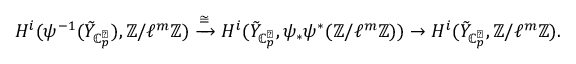
H ^ { i } ( \psi ^ { - 1 } ( \tilde { Y } _ { \mathbb { C } _ { p } ^ { \flat } } ) , \mathbb { Z } / \ell ^ { m } \mathbb { Z } ) \xrightarrow { \cong } H ^ { i } ( \tilde { Y } _ { \mathbb { C } _ { p } ^ { \flat } } , \psi _ { * } \psi ^ { * } ( \mathbb { Z } / \ell ^ { m } \mathbb { Z } ) ) \rightarrow H ^ { i } ( \tilde { Y } _ { \mathbb { C } _ { p } ^ { \flat } } , \mathbb { Z } / \ell ^ { m } \mathbb { Z } ) .